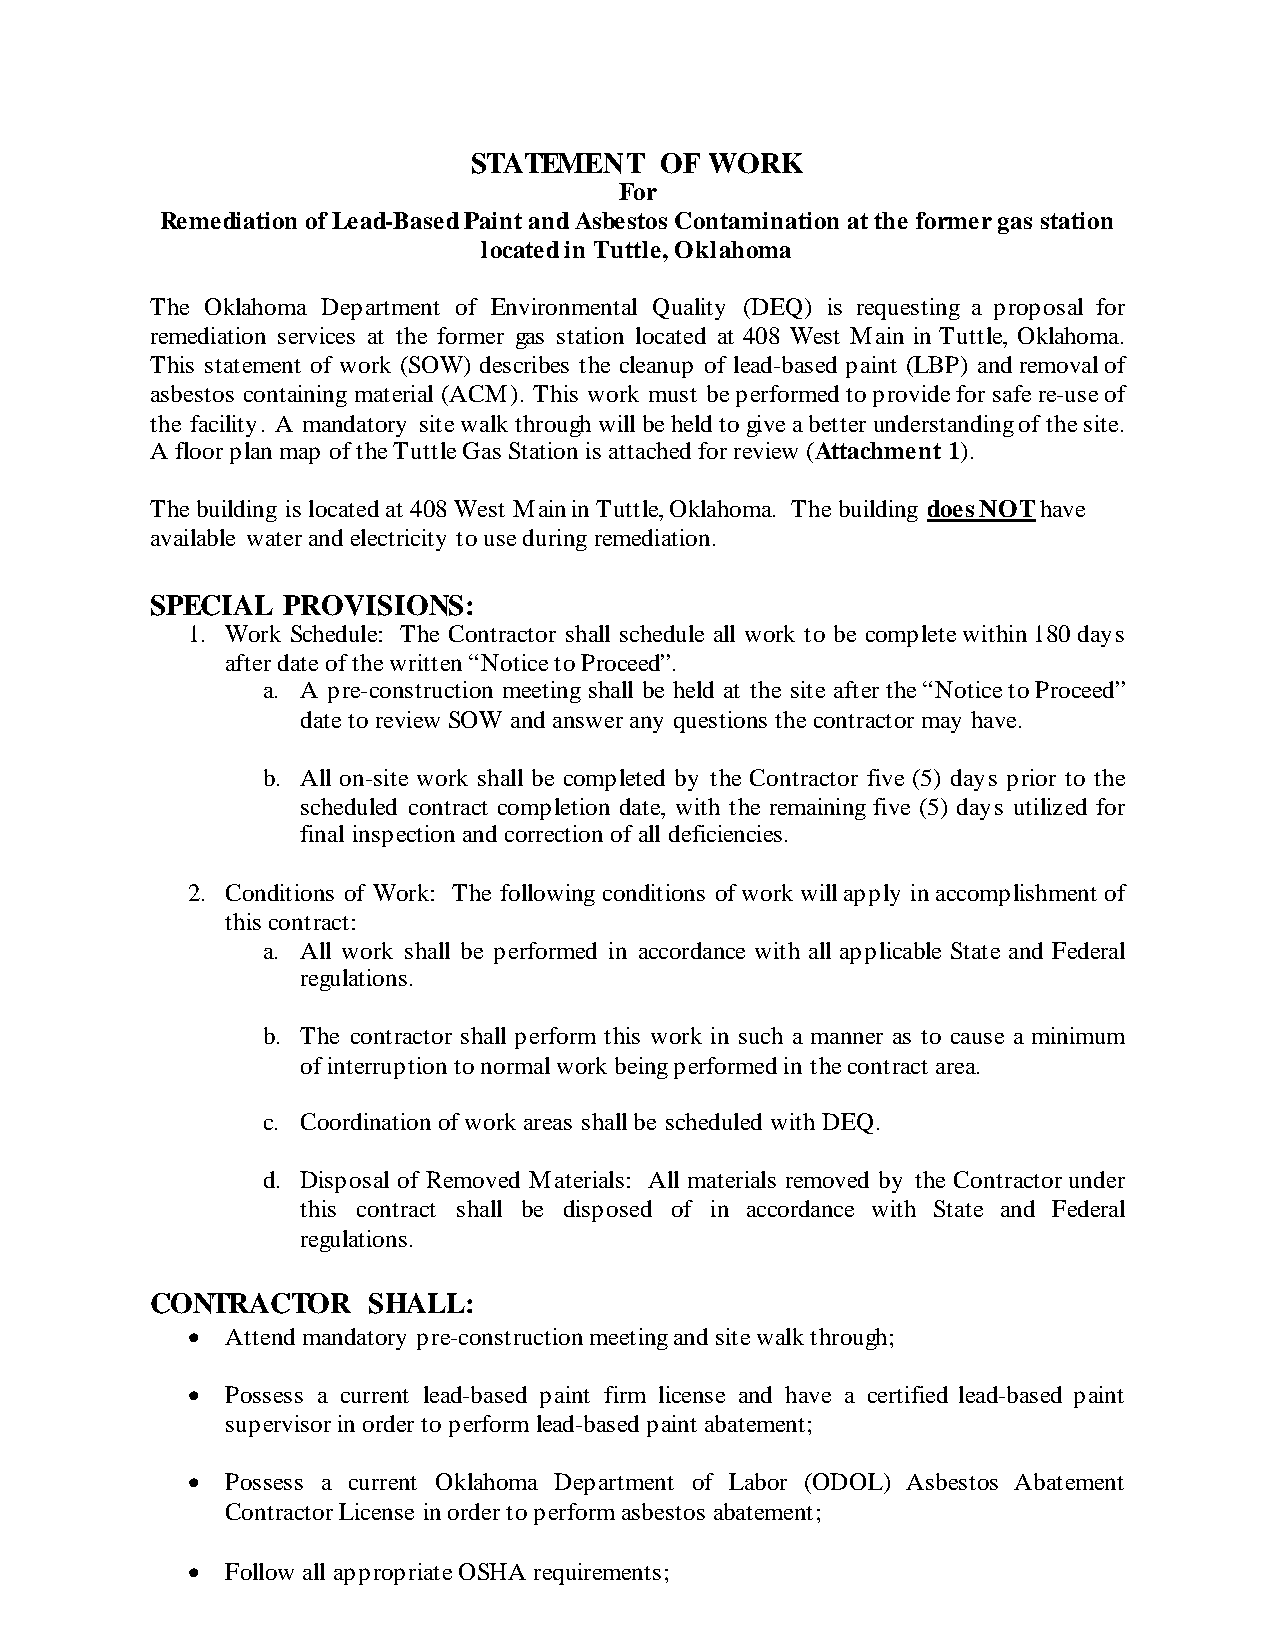
STATEMENT    OF WORK
 For
 Remediation of Lead-Based Paint and Asbestos Contamination at the former gas station
 located in Tuttle, Oklahoma
 The Oklahoma Department of Environmental Quality (DEQ) is requesting a proposal for
 remediation services at the former gas station located at 408 West Main in Tuttle, Oklahoma.
 This statement of work (SOW) describes the cleanup of lead-based paint (LBP) and removal of
 asbestos containing material (ACM). This work must be performed to provide for safe re-use of
 the facility. A mandatory site walk through will be held to give a better understanding of the site.
 A floor plan map of the Tuttle Gas Station is attached for review (Attachment 1).
 The building is located at 408 West Main in Tuttle, Oklahoma. The building does NOT have
 available water and electricity to use during remediation.
 SPECIAL  PROVISIONS:
 1. Work Schedule: The Contractor shall schedule all work to be complete within 180 days
 after date of the written “Notice to Proceed”.
 a. A pre-construction meeting shall be held at the site after the “Notice to Proceed”
 date to review SOW and answer any questions the contractor may have.
 b. All on-site work shall be completed by the Contractor five (5) days prior to the
 scheduled contract completion date, with the remaining five (5) days utilized for
 final inspection and correction of all deficiencies.
 2. Conditions of Work: The following conditions of work will apply in accomplishment of
 this contract:
 a. All work shall be performed in accordance with all applicable State and Federal
 regulations.
 b. The contractor shall perform this work in such a manner as to cause a minimum
 of interruption to normal work being performed in the contract area.
 c. Coordination of work areas shall be scheduled with DEQ.
 d. Disposal of Removed Materials: All materials removed by the Contractor under
 this contract shall be disposed of in accordance with State and Federal
 regulations.
 CONTRACTOR    SHALL:
   Attend mandatory pre-construction meeting and site walk through;
   Possess a current lead-based paint firm license and have a certified lead-based paint
 supervisor in order to perform lead-based paint abatement;
   Possess a current Oklahoma Department of Labor (ODOL) Asbestos Abatement
 Contractor License in order to perform asbestos abatement;
   Follow all appropriate OSHA requirements;